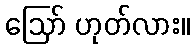
ဪ ဟုတ်လား။